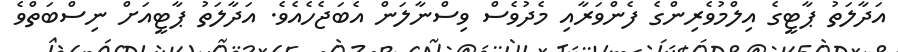
އަދާލަތު ޕާޓީގެ އިލްމުވެރިންގެ ފެންވަރާއި މެދުވެސް ވިސްނާލަން އެބަޖެހެއެވެ. އަދާލަތު ޕާޓީއަށް ނިސްބަތްވެ